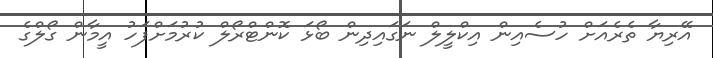
އޭރިޔާ ތެރެއަށް ހުސެއިން އިކްލީލް ނަގައިދިން ބޯޅަ ކޮންޓްރޯލް ކުރުމަށްފަހު އީމާން ގޯލްގެ